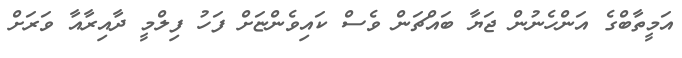
އަމީތާބްގެ އަންހެނުން ޖަޔާ ބައްޗަން ވެސް ކައިވެންޏަށް ފަހު ފިލްމީ ދާއިރާއާ ވަރަށް